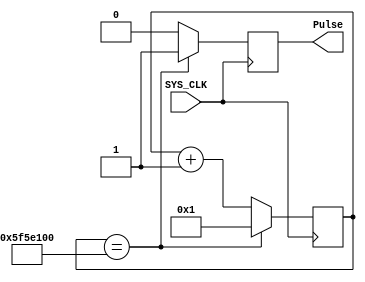
`timescale 1ns / 1ps
//////////////////////////////////////////////////////////////////////////////////
// Company: UT Austin
// 
// Design Name: Parking Meter
// Module Name: Clk_Gen
// Project Name: Lab 4
// Target Devices: 
// Tool Versions: 
// Description: 
// 
// Dependencies: 
// 
// Revision:
// Revision 0.01 - File Created
// Additional Comments:
// 
//////////////////////////////////////////////////////////////////////////////////

// 1 Pulse of 100MHz every Sec 
module Pulser_1Hz(SYS_CLK, Pulse);
  input SYS_CLK; //fast clock
  output reg Pulse; //slow clock

  reg[27:0] counter;

  initial begin
    counter = 0;
    Pulse = 0;
  end

  always @ (posedge SYS_CLK)
  begin
    if(counter == 100000000) begin
      counter <= 1;
      Pulse <= 'b1;
    end
    else begin
      counter <= counter + 1;
      Pulse <= 'b0;
    end
  end
endmodule

// 1 Pulse/Sec 
module Divider_1Hz(SYS_CLK, slowClk);
  input SYS_CLK; //fast clock
  output reg slowClk; //slow clock

  reg[27:0] counter;

  initial begin
    counter = 0;
    slowClk = 0;
  end

  always @ (posedge SYS_CLK)
  begin
    if(counter == 50000000) begin
      counter <= 1;
      slowClk <= ~slowClk;
    end
    else begin
      counter <= counter + 1;
    end
  end
endmodule


// 15 Pulse/Sec
module Divider_15Hz(SYS_CLK, slowClk);
  input SYS_CLK; //fast clock
  output reg slowClk; //slow clock

  reg[27:0] counter;

  initial begin
    counter = 0;
    slowClk = 0;
  end

  always @ (posedge SYS_CLK)
  begin
    if(counter == 7500000) begin
      counter <= 1;
      slowClk <= ~slowClk;
    end
    else begin
      counter <= counter + 1;
    end
  end
endmodule

// 30kHz Pulse/Sec 
module Divider_30kHz(SYS_CLK, slowClk);
  input SYS_CLK; //fast clock
  output reg slowClk; //slow clock

  reg[27:0] counter;

  initial begin
    counter = 0;
    slowClk = 0;
  end

  always @ (posedge SYS_CLK)
  begin
    if(counter == 00001667) begin
      counter <= 1;
      slowClk <= ~slowClk;
    end
    else begin
      counter <= counter + 1;
    end
  end
endmodule